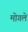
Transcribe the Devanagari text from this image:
मोगले